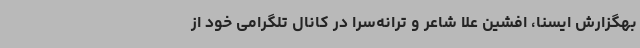
بهگزارش ایسنا، افشین علا شاعر و ترانه‌سرا در کانال تلگرامی خود از